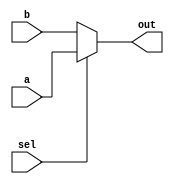
module vector_continuous_assignment (
    input wire [7:0] a,      // 8-bit input vector
    input wire [7:0] b,      // Another 8-bit input vector
    input wire sel,          // Selection signal
    output wire [7:0] out    // 8-bit output vector
);

// Continuous assignment using a conditional operator
assign out = (sel) ? a : b; // Assigns 'a' to 'out' if 'sel' is high, otherwise assigns 'b'

endmodule